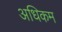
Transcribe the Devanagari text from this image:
अधिकम